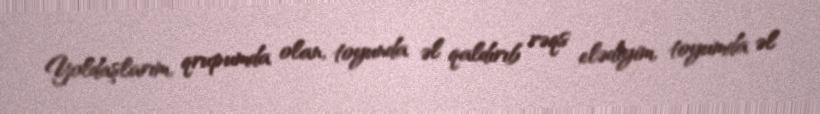
Yoldaşlarım, qrupumda olan, toyunda əl qaldırıb rəqs elədiyim, toyumda əl